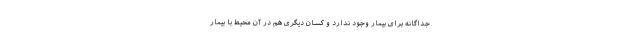
جداگانه برای بیمار وجود ندارد و کسان دیگری هم در آن محیط با بیمار